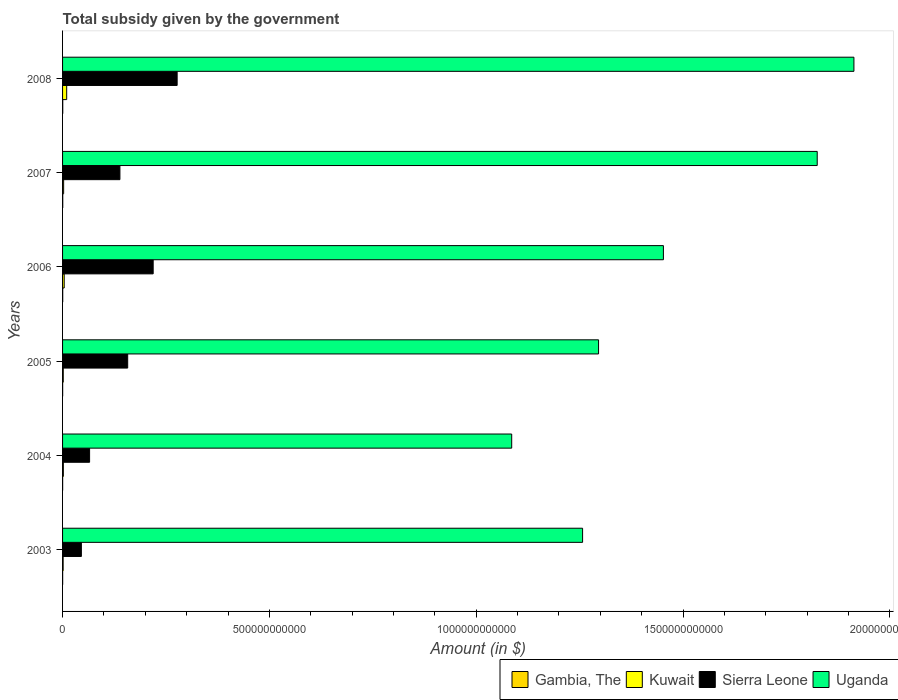
| Years | Gambia, The | Kuwait | Sierra Leone | Uganda |
 | --- | --- | --- | --- | --- |
 | 2003 | 2.22e+08 | 1.4e+09 | 4.55e+10 | 1.26e+12 |
 | 2004 | 1.91e+08 | 1.93e+09 | 6.53e+10 | 1.09e+12 |
 | 2005 | 2.31e+08 | 1.68e+09 | 1.57e+11 | 1.3e+12 |
 | 2006 | 3.56e+08 | 3.94e+09 | 2.19e+11 | 1.45e+12 |
 | 2007 | 4.34e+08 | 2.61e+09 | 1.39e+11 | 1.82e+12 |
 | 2008 | 4.63e+08 | 9.98e+09 | 2.77e+11 | 1.91e+12 |